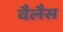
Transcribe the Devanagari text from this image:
वैलैस